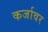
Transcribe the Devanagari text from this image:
कर्जावर